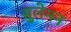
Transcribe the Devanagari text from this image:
सुलेमन